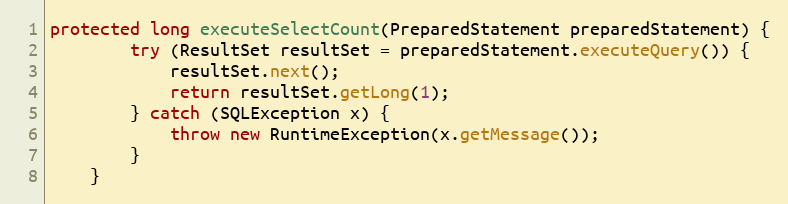
Language: Java
protected long executeSelectCount(PreparedStatement preparedStatement) {
		try (ResultSet resultSet = preparedStatement.executeQuery()) {
			resultSet.next();
			return resultSet.getLong(1);
		} catch (SQLException x) {
			throw new RuntimeException(x.getMessage());
		}
	}